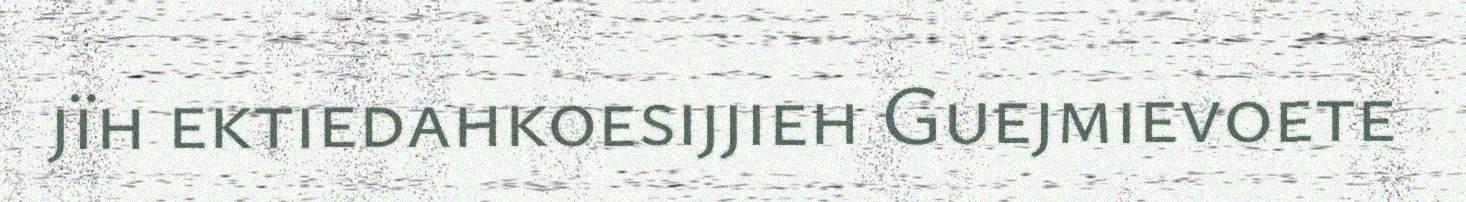
jïh ektiedahkoesijjieh Guejmievoete